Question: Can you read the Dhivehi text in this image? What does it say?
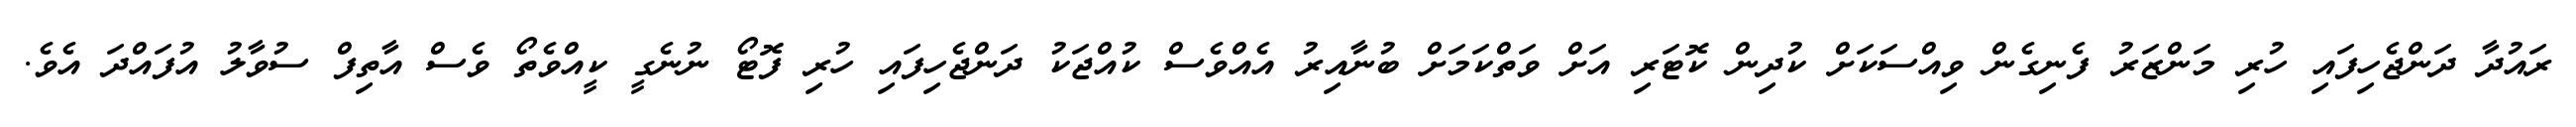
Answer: ރައުދާ ދަންޖެހިފައި ހުރި މަންޒަރު ފެނިގެން ވިއްސަކަށް ކުދިން ކޮޓަރި އަށް ވަތްކަމަށް ބުނާއިރު އެއްވެސް ކުއްޖަކު ދަންޖެހިފައި ހުރި ފޮޓޯ ނުނެގީ ކީއްވެތޯ ވެސް އާތިފް ސުވާލު އުފައްދަ އެވެ.